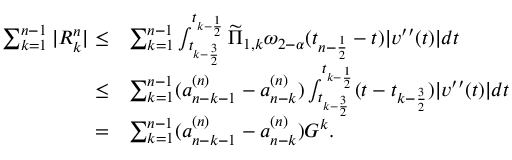
\begin{array} { r l } { \sum _ { k = 1 } ^ { n - 1 } | R _ { k } ^ { n } | \le } & { \sum _ { k = 1 } ^ { n - 1 } \int _ { t _ { k - \frac { 3 } { 2 } } } ^ { t _ { k - \frac { 1 } { 2 } } } \widetilde { \Pi } _ { 1 , k } \omega _ { 2 - \alpha } ( t _ { n - \frac { 1 } { 2 } } - t ) | v ^ { \prime \prime } ( t ) | d t } \\ { \le } & { \sum _ { k = 1 } ^ { n - 1 } ( a _ { n - k - 1 } ^ { ( n ) } - a _ { n - k } ^ { ( n ) } ) \int _ { t _ { k - \frac { 3 } { 2 } } } ^ { t _ { k - \frac { 1 } { 2 } } } ( t - t _ { k - \frac { 3 } { 2 } } ) | v ^ { \prime \prime } ( t ) | d t } \\ { = } & { \sum _ { k = 1 } ^ { n - 1 } ( a _ { n - k - 1 } ^ { ( n ) } - a _ { n - k } ^ { ( n ) } ) G ^ { k } . } \end{array}